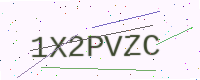
Text: 1X2PVZC